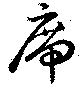
席